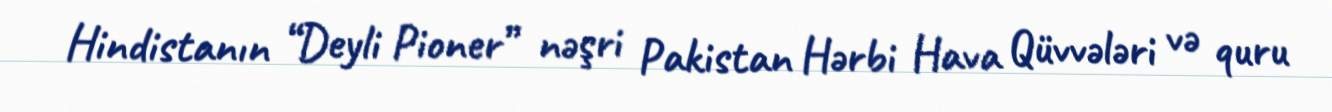
Hindistanın “Deyli Pioner” nəşri Pakistan Hərbi Hava Qüvvələri və quru